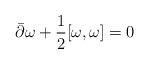
LaTeX: \begin{align*}\bar\partial \omega+\dfrac{1}{2}[\omega,\omega]=0 \end{align*}